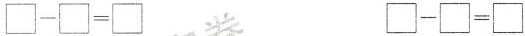
$$\Box - \Box = \Box$$ $$\Box - \Box = \Box$$